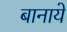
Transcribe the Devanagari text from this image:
बानाये